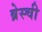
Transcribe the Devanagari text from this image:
ब्रेस्ची